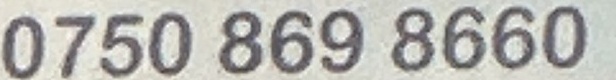
0750 869 8660